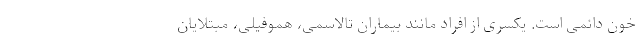
خون دائمی است. یکسری از افراد مانند بیماران تالاسمی، هموفیلی، مبتلایان